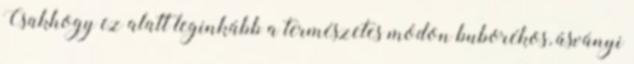
Csakhogy ez alatt leginkább a természetes módon buborékos, ásványi